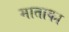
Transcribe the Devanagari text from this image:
माताका